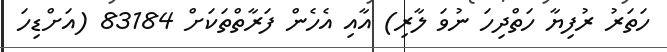
ހަތަރު ރުފިޔާ ހަތްދިހަ ނުވަ ލާރި) އާއި އެހެން ފަރާތްތަކަށް 83184 (އަށްޑިހަ